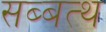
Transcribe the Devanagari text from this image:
सब्बत्थ